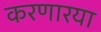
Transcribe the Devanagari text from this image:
करणारया